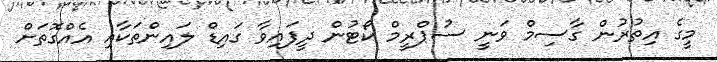
މީގެ އިތުރުން ގާސިމް ވަނީ ސުޕްރީމް ކޯޓުން ދީފައިވާ ގައިޑް ލައިންތަކާއި އެއްގޮތަށް